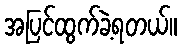
အပြင်ထွက်ခဲ့ရတယ်။